Scottish Leaving Certificate Examination, 1954
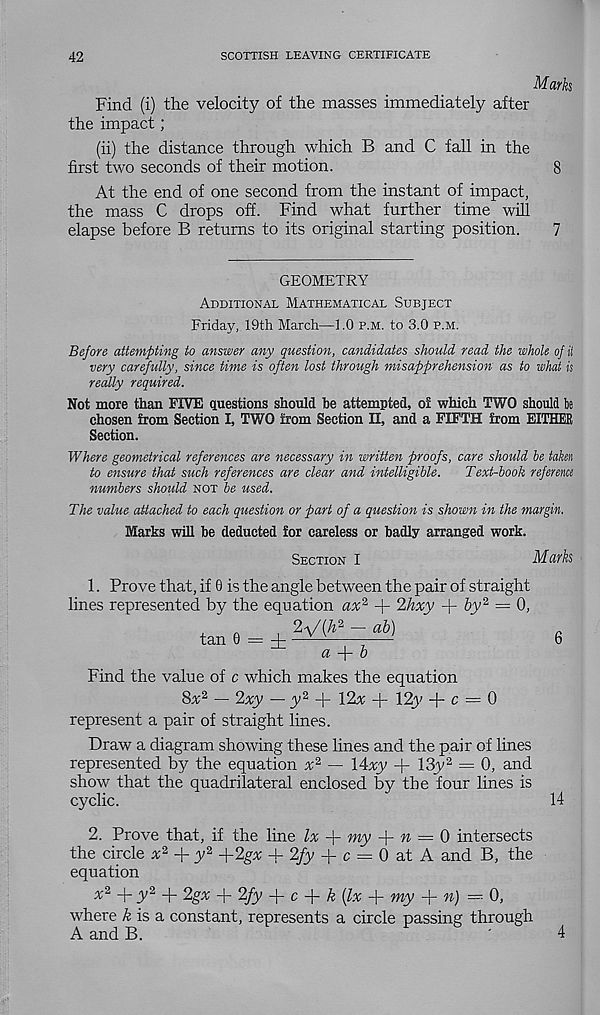
42
SCOTTISH LEAVING CERTIFICATE
Marks
Find (i) the velocity of the masses immediately after
the impact;
(ii) the distance through which B and C fall in the
first two seconds of their motion.
8
At the end of one second from the instant of impact,
the mass C drops off. Find what further time will
elapse before B returns to its original starting position.
7
GEOMETRY
Additional Mathematical Subject
Friday, 19th March—1.0 p.m. to 3.0 p.m.
Before attempting to answer any question, candidates should read the whole of it
very carefully, since time is often lost through misapprehension as to what is
really required.
Not more than FIVE questions should be attempted, ol which TWO should be
chosen from Section I, TWO from Section II, and a FIFTH from EITHER
Section.
Where geometrical references are necessary in written proofs, care should he taken
to ensure that such references are clear and intelligible.
Text-book reference
numbers should not be used.
The value attached to each question or part of a question is shown in the margin.
Marks will be deducted for careless or badly arranged work.
Section I
Marks
1. Prove that, if 6 is the angle between the pair of straight
lines represented by the equation ax 2 + 2hxy + by 2 = 0,
tan 6 = ± hlSLJZjV)
6
a -\- b
Find the value of c which makes the equation
8^2 — 2xy — y 2 -f- 12x + 12y + c = 0
represent a pair of straight lines.
Draw a diagram showing these lines and the pair of lines
represented by the equation x 2 — 14xy + 13y 2 = 0, and
show that the quadrilateral enclosed by the four lines is
cyclic.
~
14
2. Prove that, if the line lx f- my f- n = 0 intersects
the circle x 2 + y 2 +2gv + 2/y + c = 0 at A and B, the
equation
x 2 y-y 2 -j- 2gx + 2fy
c y- k (lx + my y- n) =■ ■ 0,
where A is a constant, represents a circle passing through
A and B.
4